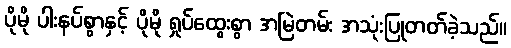
ပိုမို ပါးနပ်စွာနှင့် ပိုမို ရှုပ်ထွေးစွာ အမြဲတမ်း အသုံးပြုတတ်ခဲ့သည်။